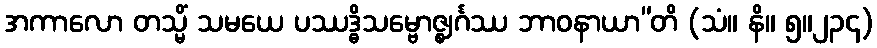
အကာလော တသ္မိံ သမယေ ပဿဒ္ဓိသမ္ဗောဇ္ဈင်္ဂဿ ဘာဝနာယာ”တိ (သံ။ နိ။ ၅။၂၃၄)